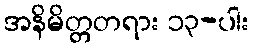
အနိမိတ္တတရား ၁၃-ပါး